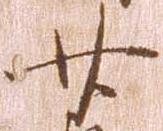
廿